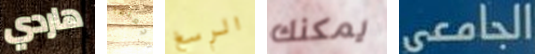
هاردي اجعلها الرسغ يمكنك الجامعى